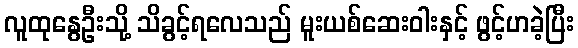
လူထုနွေဦးသို့ သိခွင့်ရလေသည် မူးယစ်ဆေးဝါးနှင့် ဖွင့်ဟခဲ့ပြီး